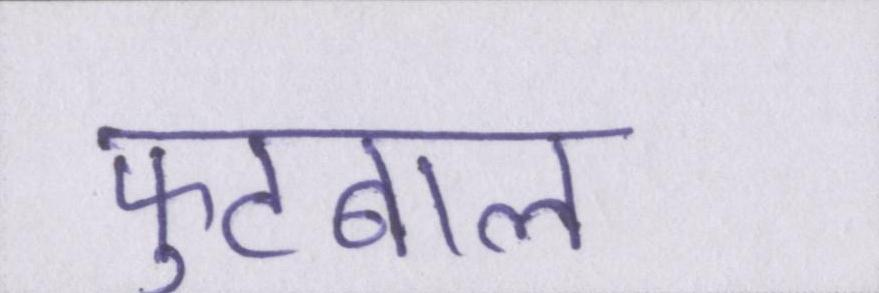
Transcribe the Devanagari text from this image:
फुटबाल